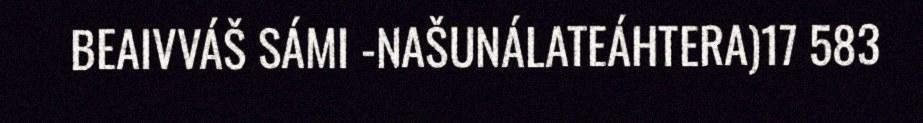
BEAIVVÁŠ SÁMI -NAŠUNÁLATEÁHTERA)17 583